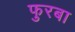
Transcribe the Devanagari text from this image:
फुरबा